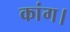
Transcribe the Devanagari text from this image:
कांग।